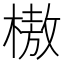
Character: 𰘗